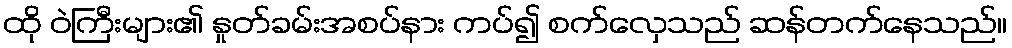
ထို ဝဲကြီးများ၏ နှုတ်ခမ်းအစပ်နား ကပ်၍ စက်လှေသည် ဆန်တက်နေသည်။